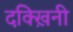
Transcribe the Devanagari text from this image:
दक्ख़िनी